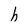
Character: h